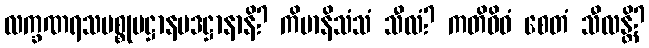
လက္ခဏရသပစ္စုပဋ္ဌာနပဒဋ္ဌာနာနိ? ကိမာနိသံသံ သီလံ? ကတိဝိဓံ စေတံ သီလန္တိ?